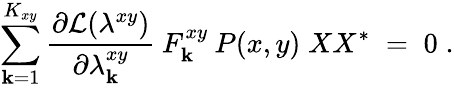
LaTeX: \sum_{\mathbf{k}=1}^{K_{xy}}\frac{{\partial{\cal{L}}(\lambda^{xy})}}{{\partial\lambda_{\mathbf{k}}^{xy}}}\: F_{\mathbf{k}}^{xy}\: P(x,y)\; XX^{*}\; =\; 0\; .